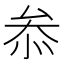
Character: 𠫵